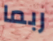
ربما